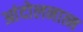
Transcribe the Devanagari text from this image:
आंदोलनात्म